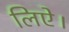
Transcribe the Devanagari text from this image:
लिऐ।